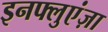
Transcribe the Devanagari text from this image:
इनफ्लुएंज़ा